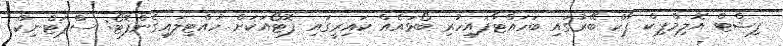
ފިޝްޓް އޮލިމްޕިކް ޕާކް ބޭރުގައި ބަހައްޓާފައިހުރި ބޯޅައެއް ކައިރީގައި ފޮޓޯއަކަށް ހުއްޓިލައިގެންފޮޓޯ: ސްޕަޓްނިކް